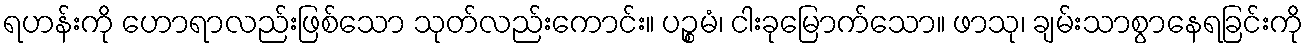
ရဟန်းကို ဟောရာလည်းဖြစ်သော သုတ်လည်းကောင်း။ ပဉ္စမံ၊ ငါးခုမြောက်သော။ ဖာသု၊ ချမ်းသာစွာနေရခြင်းကို